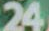
24